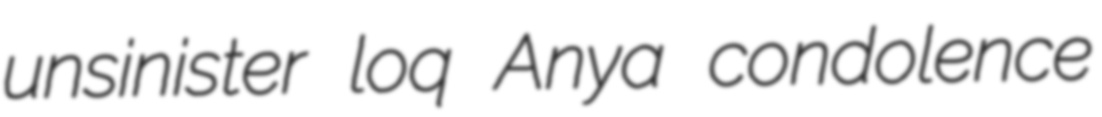
unsinister loq Anya condolence